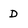
Character: D